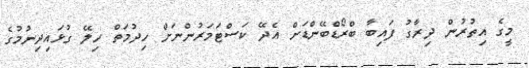
މީގެ އިތުރުން ދިރާގު ފައިބާ ބްރޯޑްބޭންޑަށް އެދޭ ކަސްޓަމަރުންނަށް ހިދުމަތް ހިލޭ ގުޅައިދިނުމުގެ